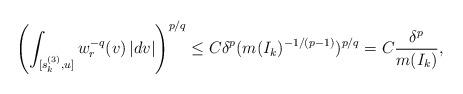
LaTeX: \begin{align*} \left( \int_{[s_k^{(3)},u]}w_r^{-q}(v)\,|dv| \right)^{p/q} \le C\delta^p(m(I_k)^{-1/(p-1)})^{p/q}=C\frac{\delta^p}{m(I_k)},\end{align*}